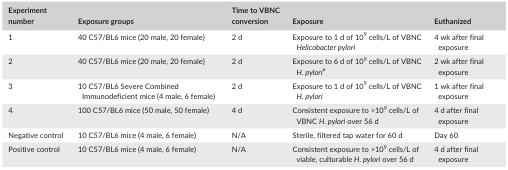
| Experiment number | Exposure groups | Time to VBNC conversion | Exposure | Euthanized |
 | --- | --- | --- | --- | --- |
 | 1 | 40 C57/BL6 mice (20 male, 20 female) | 2 d | Exposure to 1 d of 109 cells/L of VBNC Helicobacter pylori | 4 wk after final exposure |
 | 2 | 40 C57/BL6 mice (20 male, 20 female) | 2 d | Exposure to 6 d of 109 cells/L of VBNC H. pyloria | 2 wk after final exposure |
 | 3 | 10 C57/BL6 Severe Combined Immunodeficient mice (4 male, 6 female) | 2 d | Exposure to 1 d of 109 cells/L of VBNC H. pylori | 1 wk after final exposure |
 | 4 | 100 C57/BL6 mice (50 male, 50 female) | 4 d | Consistent exposure to >109 cells/L of VBNC H. pylori over 56 d | 4 d after final exposure |
 | Negative control | 10 C57/BL6 mice (4 male, 6 female) | N/A | Sterile, filtered tap water for 60 d | Day 60 |
 | Positive control | 10 C57/BL6 mice (4 male, 6 female) | N/A | Consistent exposure to >109 cells/L of viable, culturable H. pylori over 56 d | 4 d after final exposure |